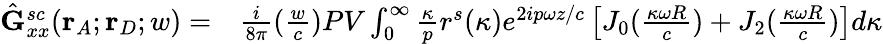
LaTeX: \begin{array}{rl}{\hat{\mathbf{G}}_{xx}^{sc}(\mathbf{r}_{A};\mathbf{r}_{D};w)=}&{{}\frac{i}{8{\pi}}(\frac{w}{c})PV\int_{0}^{\infty}\frac{\kappa}{p}r^{s}(\kappa)e^{2ip{\omega}z/c}\left[J_{0}(\frac{\kappa\omega{R}}{c})+J_{2}(\frac{\kappa\omega{R}}{c})\right]d{\kappa}}\end{array}